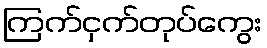
ကြက်ငှက်တုပ်ကွေး